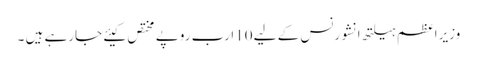
وزیراعظم ہیلتھ انشورنس کے لیے 10ارب روپے مختص کیئے جارہے ہیں ۔